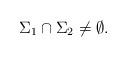
LaTeX: \begin{align*}\Sigma_{1} \cap \Sigma_{2} \not=\emptyset.\end{align*}